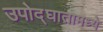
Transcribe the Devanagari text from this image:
उपोद्‌घातामध्ये